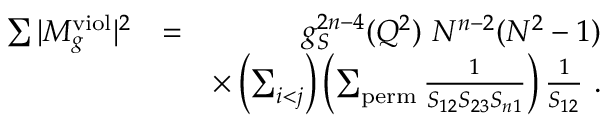
\begin{array} { r l r } { \sum \vert M _ { g } ^ { \mathrm { v i o l } } \vert ^ { 2 } } & { = } & { g _ { S } ^ { 2 n - 4 } ( Q ^ { 2 } ) ~ N ^ { n - 2 } ( N ^ { 2 } - 1 ) } \\ & { } & { \times \left( \sum _ { i < j } \right) \left( \sum _ { \mathrm { p e r m } } \frac { 1 } { S _ { 1 2 } S _ { 2 3 } S _ { n 1 } } \right) \frac { 1 } { S _ { 1 2 } } ~ . } \end{array}